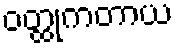
ဝတ္ထုကတာယ